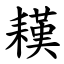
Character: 䎯